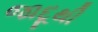
જાદૂથી